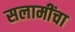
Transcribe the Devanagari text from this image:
सलामींचा